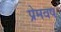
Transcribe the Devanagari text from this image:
प्रेमवष